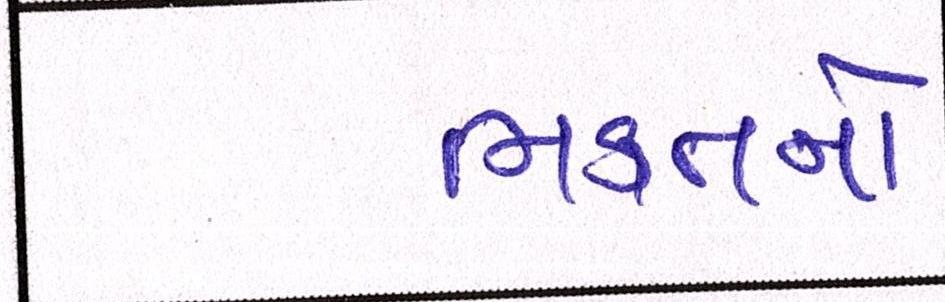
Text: ભક્તનો